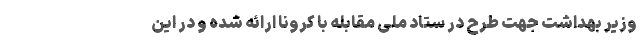
وزیر بهداشت جهت طرح در ستاد ملی مقابله با کرونا ارائه شده و در این